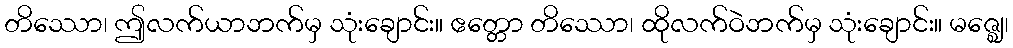
တိဿော၊ ဤလက်ယာဘက်မှ သုံးချောင်း။ ဧတ္တော တိဿော၊ ထိုလက်ဝဲဘက်မှ သုံးချောင်း။ မဇ္ဈေ၊